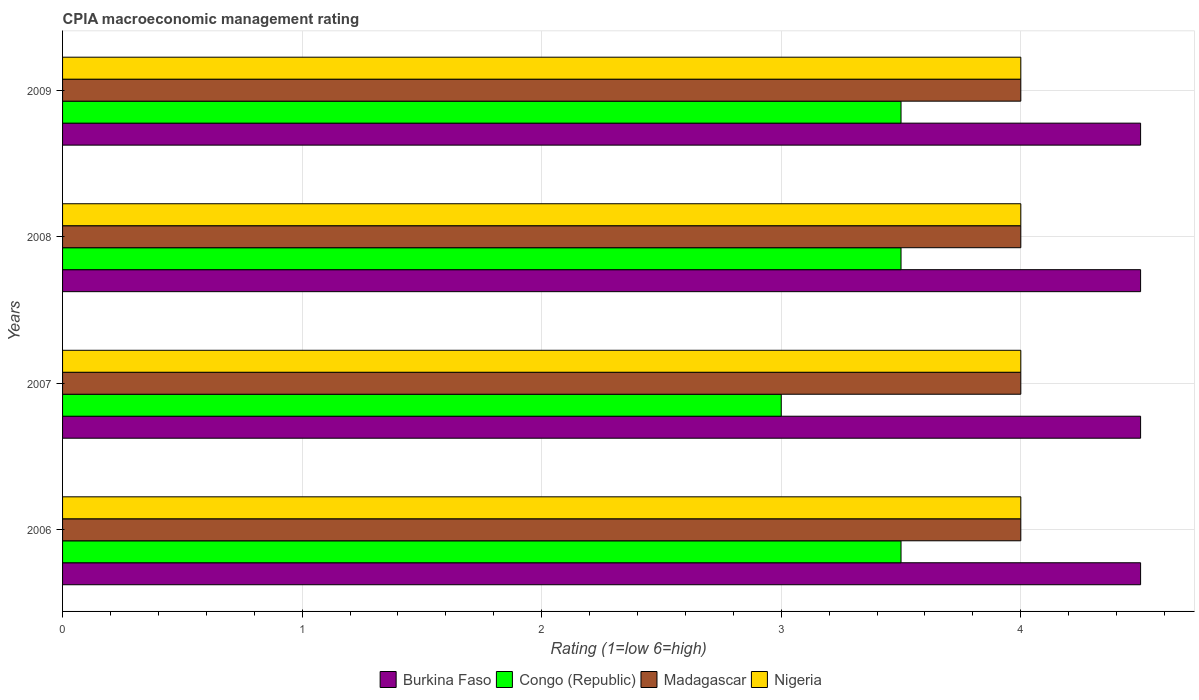
| Years | Burkina Faso | Congo (Republic) | Madagascar | Nigeria |
 | --- | --- | --- | --- | --- |
 | 2006 | 4.5 | 3.5 | 4 | 4 |
 | 2007 | 4.5 | 3 | 4 | 4 |
 | 2008 | 4.5 | 3.5 | 4 | 4 |
 | 2009 | 4.5 | 3.5 | 4 | 4 |